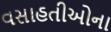
વસાહતીઓના